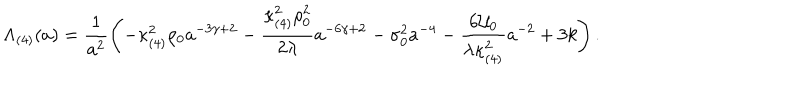
\Lambda _ { ( 4 ) } ( a ) = \frac { 1 } { a ^ { 2 } } \left( - \kappa _ { ( 4 ) } ^ { 2 } \rho _ { 0 } a ^ { - 3 \gamma + 2 } - \frac { \kappa _ { ( 4 ) } ^ { 2 } \rho _ { 0 } ^ { 2 } } { 2 \lambda } a ^ { - 6 \gamma + 2 } - \sigma _ { 0 } ^ { 2 } a ^ { - 4 } - \frac { 6 { \cal U } _ { 0 } } { \lambda \kappa _ { ( 4 ) } ^ { 2 } } a ^ { - 2 } + 3 k \right) .